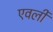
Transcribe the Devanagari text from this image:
एवर्ली